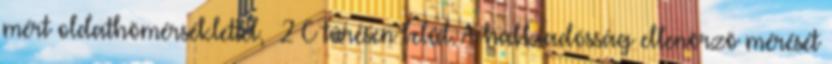
mért oldathõmérséklettel, ±2°C tûrésen belül. A habkiadósság ellenõrzõ mérését